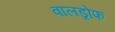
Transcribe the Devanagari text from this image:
वालड्रोफ